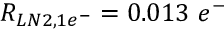
R _ { L N 2 , 1 e ^ { - } } = 0 . 0 1 3 ~ e ^ { - }